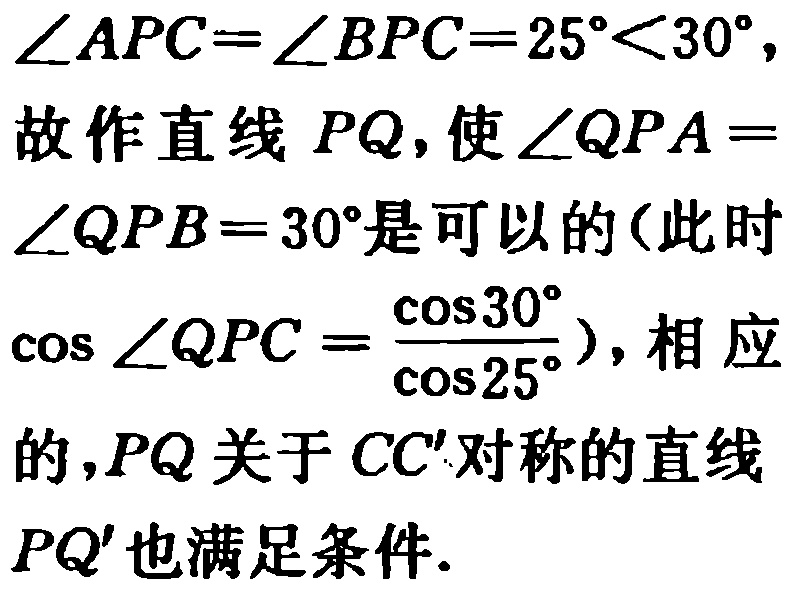
\(\angle APC=\angle BPC = 25^{\circ}<30^{\circ},\)
故作直线 \(PQ\), 使 \(\angle QPA =\)
\(\angle QPB = 30^{\circ}\)是可以的(此时
\(\cos\angle QPC=\frac{\cos30^{\circ}}{\cos25^{\circ}}\)), 相应
的, \(PQ\)关于 \(CC'\)对称的直线
\(PQ'\)也满足条件.